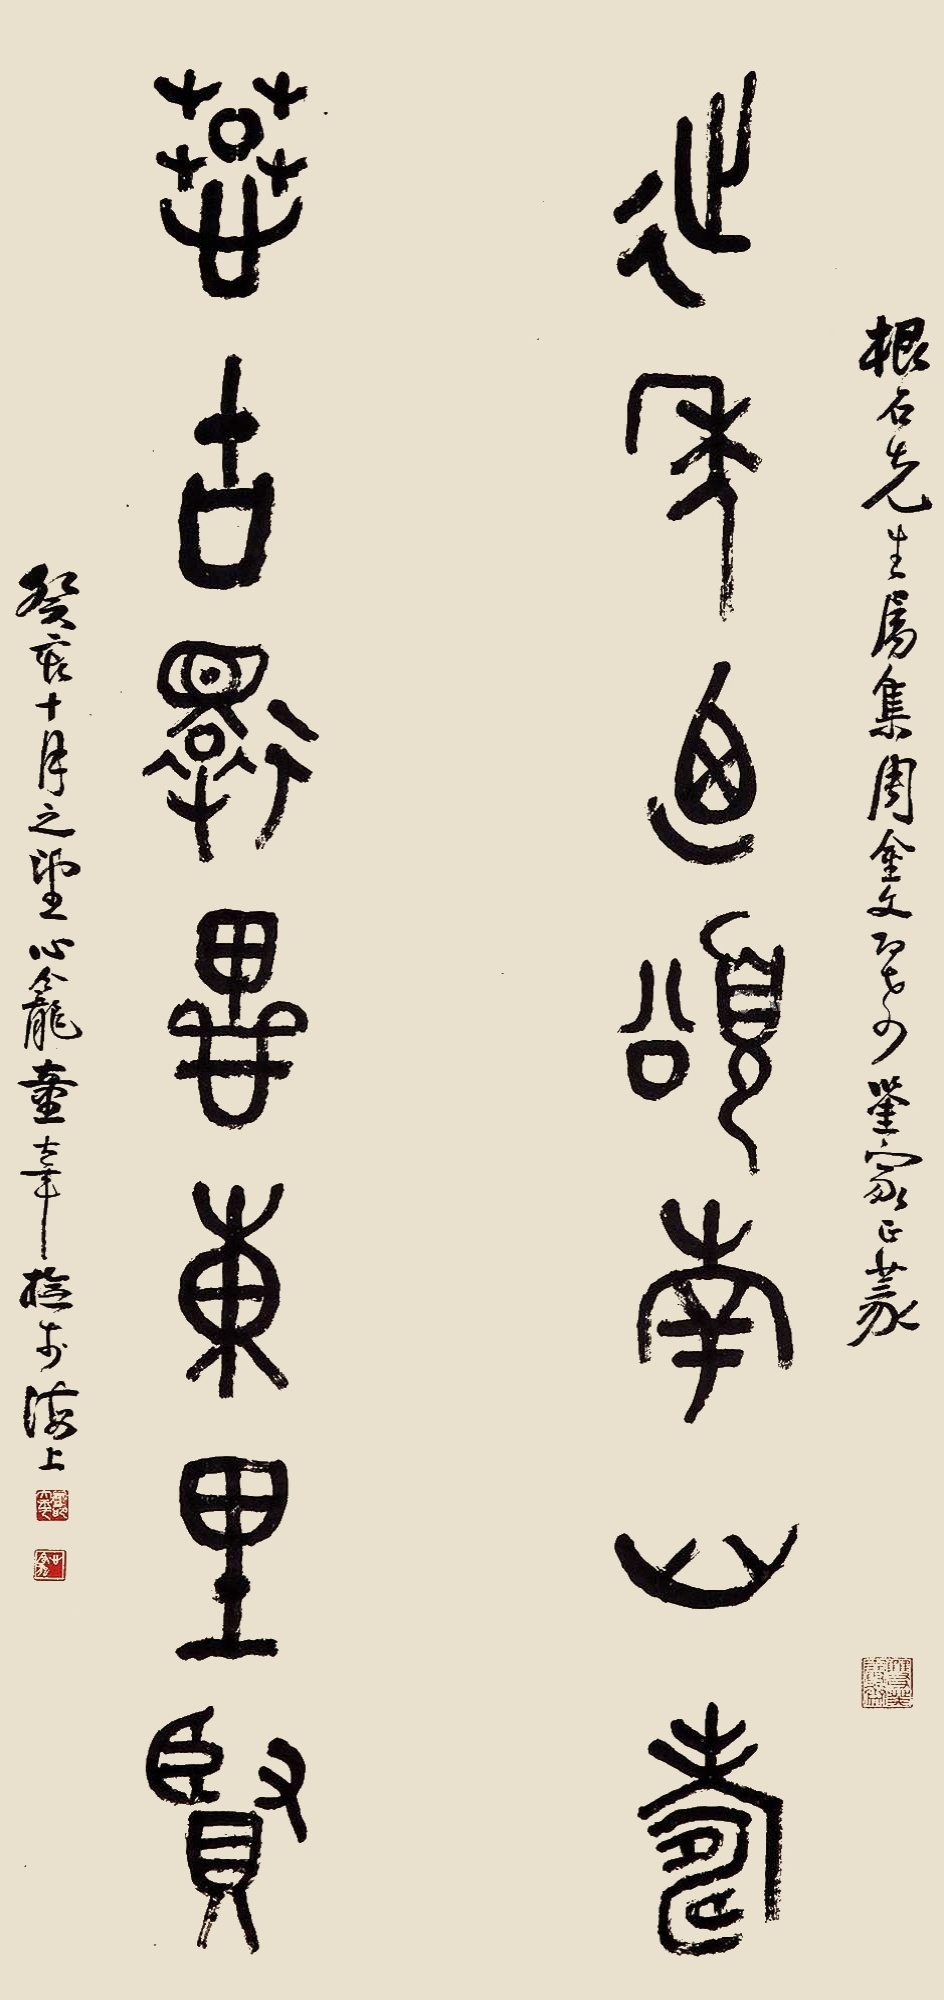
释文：延年乃颂南山寿，慕古还毕东里贤。根石先生属，集周金文即希鉴家正篆，癸亥十月之望，心龛童大年橅于海上。